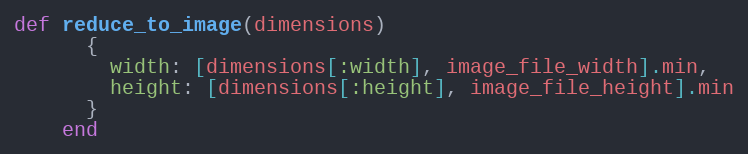
Language: Ruby
def reduce_to_image(dimensions)
      {
        width: [dimensions[:width], image_file_width].min,
        height: [dimensions[:height], image_file_height].min
      }
    end